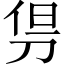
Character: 𠜬